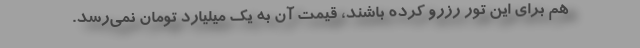
هم برای این تور رزرو کرده باشند، قیمت آن به یک میلیارد تومان نمی‌رسد.